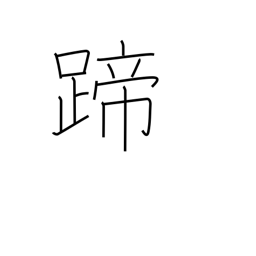
Meaning: hoof